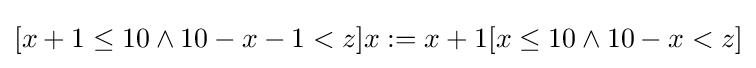
[x+1\leq 10\wedge 10-x-1<z]x:=x+1[x\leq 10\wedge 10-x<z]